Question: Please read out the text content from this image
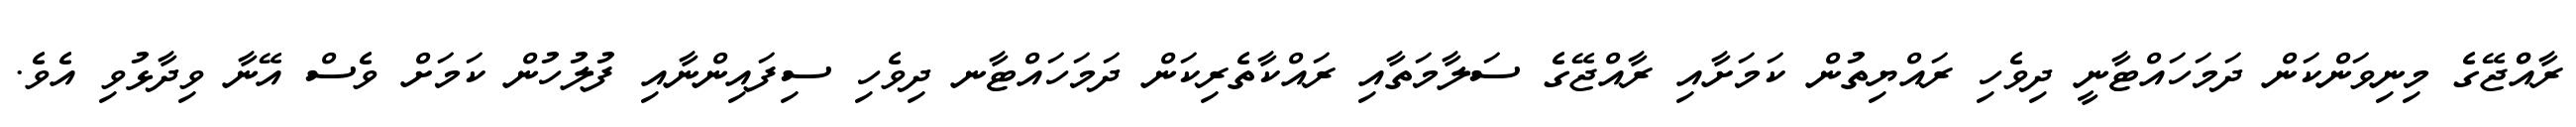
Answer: ރާއްްޖޭގެ މިނިވަންކަން ދަމަހައްޓާނީ ދިވެހި ރައްޔިތުން ކަމަށާއި ރާއްޖޭގެ ސަލާމަތާއި ރައްކާތެރިކަން ދަމަހައްޓާނ ދިވެހި ސިފައިންނާއި ފުލުހުން ކަމަށް ވެސް އޭނާ ވިދާޅުވި އެވެ.